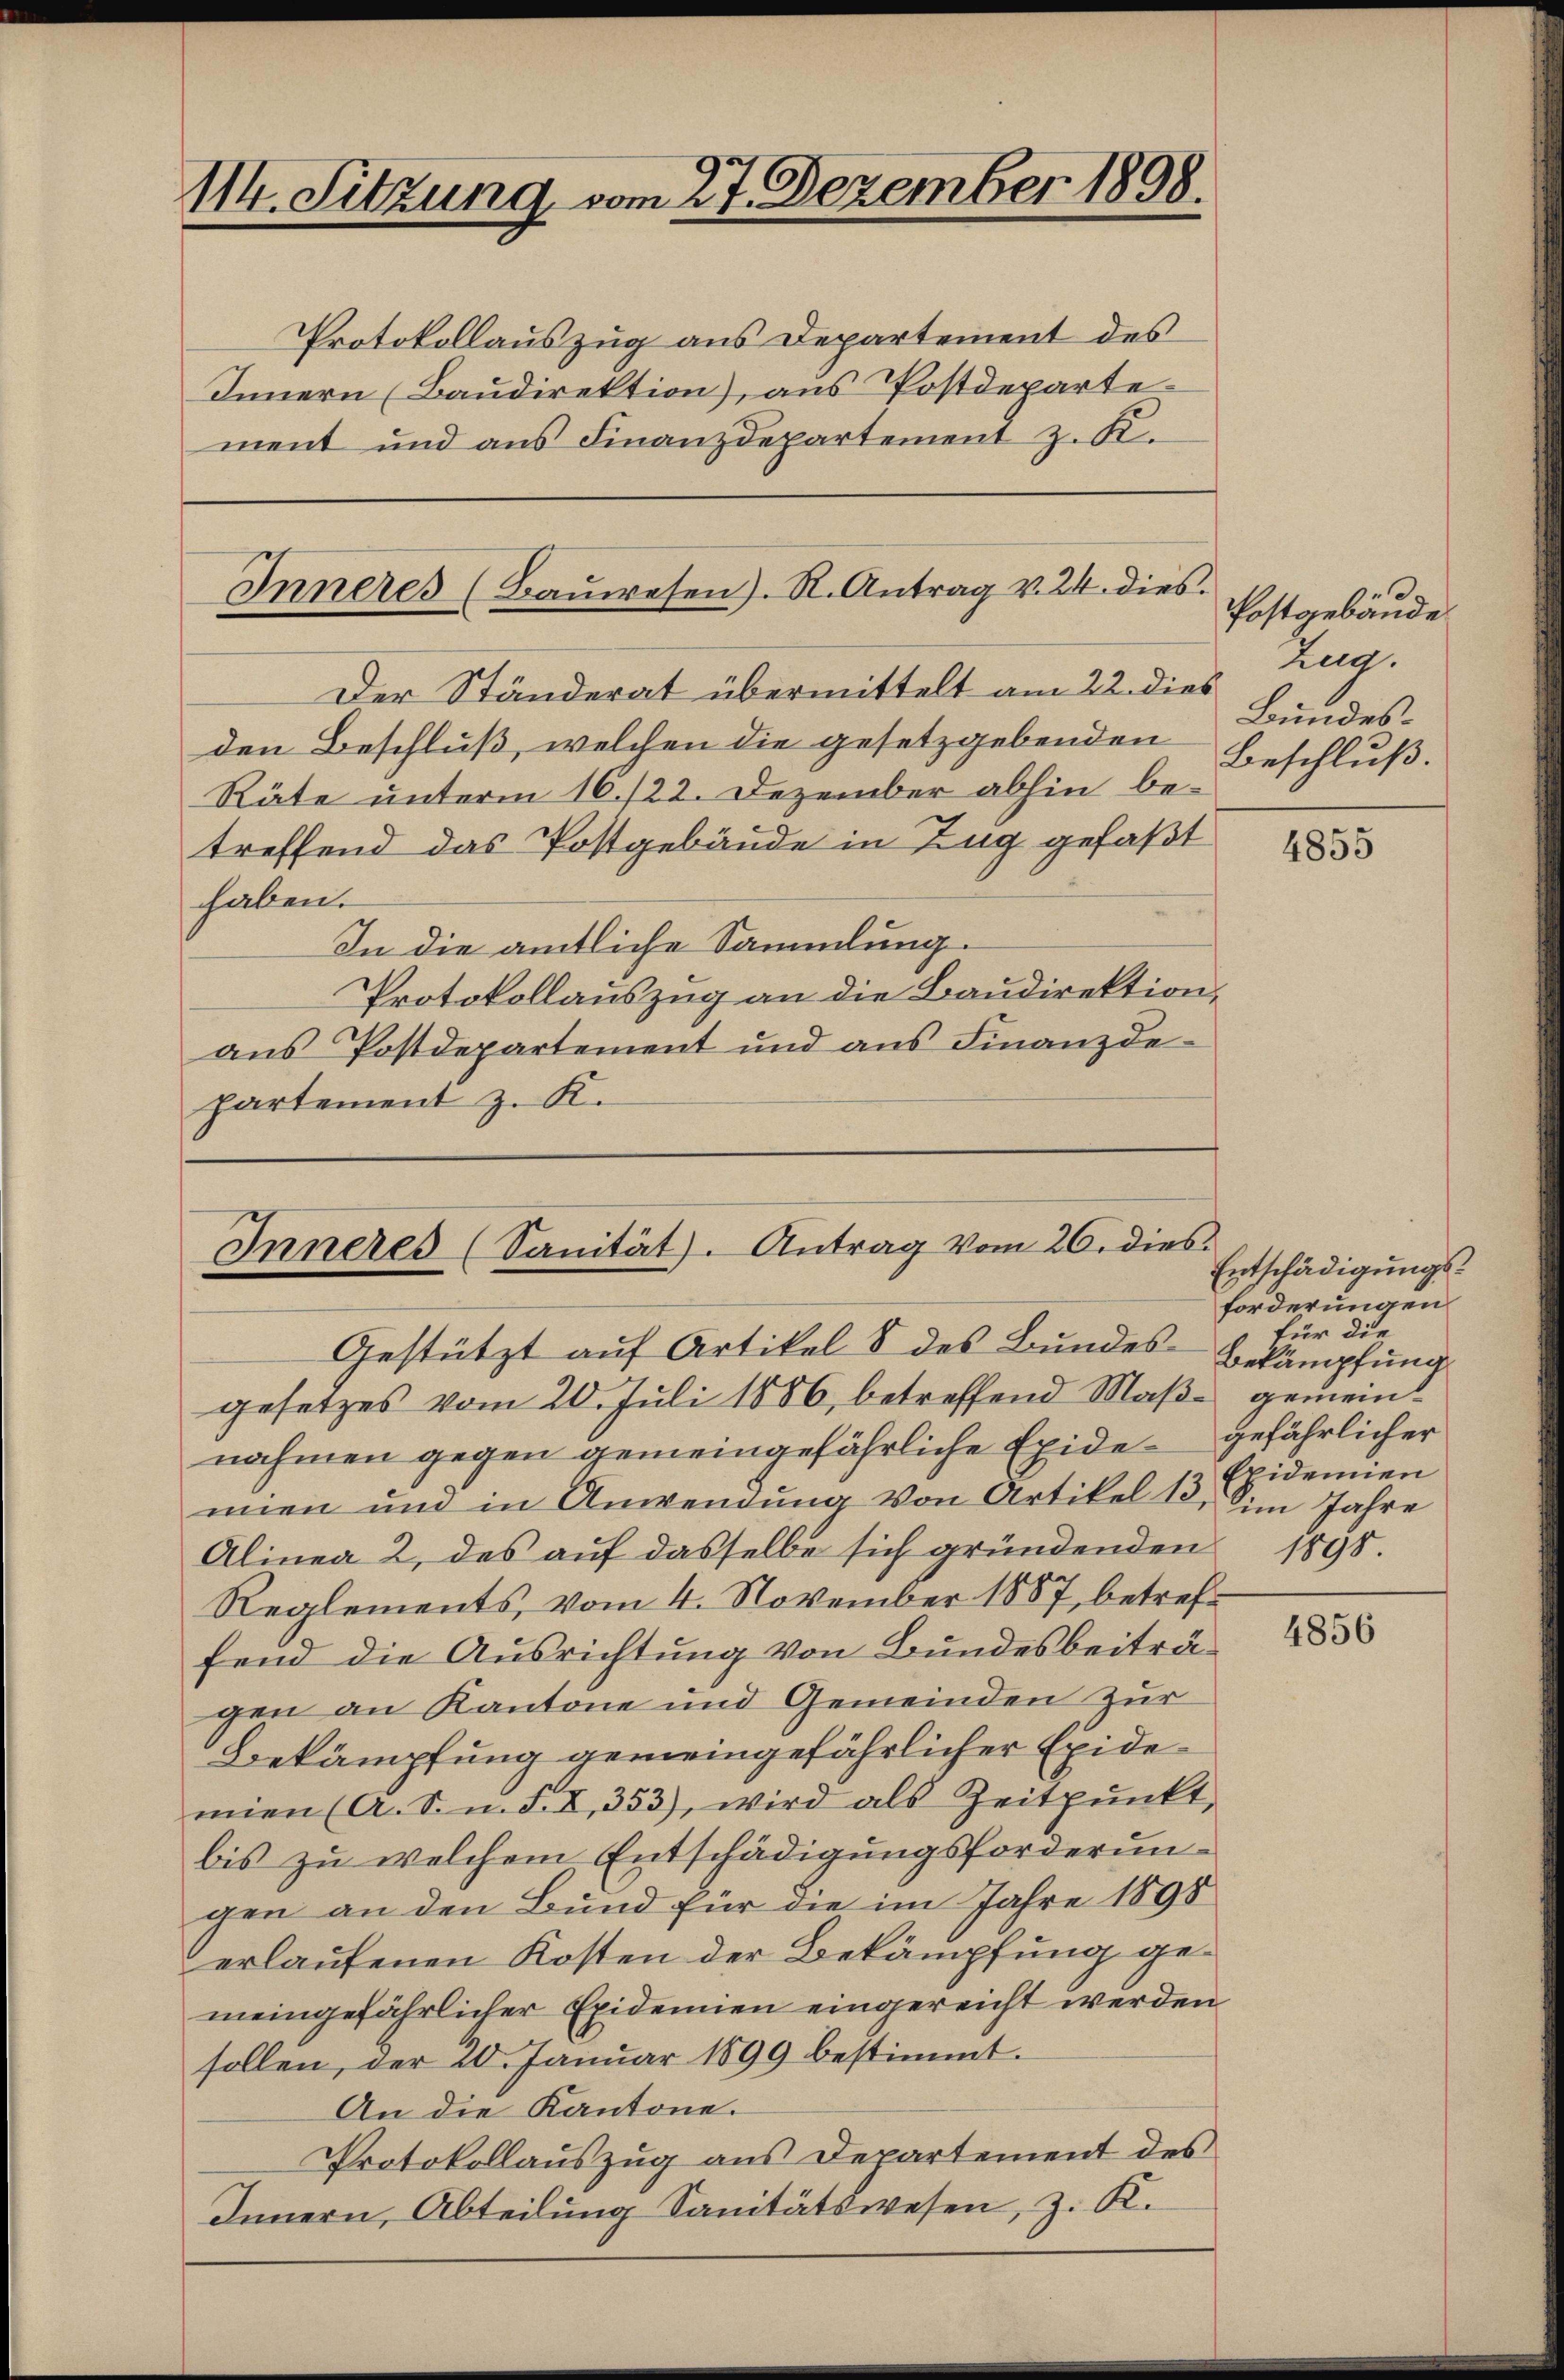
114. Sitzung vom 27. Dezember 1898.

Protokollauszug aus Departement des
Innern (Baudirektion), aus Postdeparte
ment und aus Finanzdepartement z. K.

Inneres (Bauwesen). N. Antrag v. 24. dies

Der Ständerat übermittelt am 22. dies
den Beschluß, welchen die gesetzgebenden
Räte unterm 16./22. Dezember abhin betreffend das Postgebäude in Zug gefaßt
haben.
In die amtliche Sammlung.
Protokollauszug an die Baudirektion,
aus Postdepartement und ans Finanzde-
partement z. K.

Inneres (Sanität. Antrag vom 26. dies

Gestützt auf Artikel 8 des Bundes-Bekämpfung
gesetzes vom 20. Juli 1886, betreffend Maβ gemeinnahmen gegen gemeingefährliche Exide gefährlicher
mien und in Anwendung von Artikel 18, im Jahre
Alinea 2, des auf dasselbe sich gründenden 1898.
Reglements, vom 4. November 1887, betreffend die Ausrichtung von Bundesbeiträgen an Kantone und Gemeinden zur
Bekämpfung gemeingefährlicher Exidemien (A. S. n. F. X, 353), wird als Zeitpŭnkt
bis zu welchem Entschädigungsforderungen an den Bund für die im Jahre 1898
erlaufenen Kosten der Bekämpfung gemeingefährlicher Exidemien eingereicht werden
sollen, der 20. Januar 1899 bestimmt.
An die Kantone.
Protokollauszug aus Departement des
Innern, Abteilung Sanitätswesen, z. K.

d
Postgebäude
Zug.
Bundes¬
Beschluß.

4855

Entschädigungsforderungen
für die
Epidemien

4856